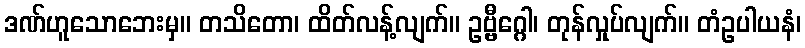
ဒဏ်ဟူသောဘေးမှ။ တသိတော၊ ထိတ်လန့်လျက်။ ဥဗ္ဗီဂ္ဂေါ၊ တုန်လှုပ်လျက်။ တံဥပါယနံ၊